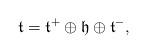
LaTeX: \begin{align*}\mathfrak{t}= \mathfrak{t}^+\oplus \mathfrak{h} \oplus \mathfrak{t}^-,\end{align*}